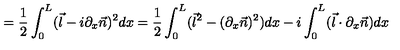
= \frac { 1 } { 2 } \int _ { 0 } ^ { L } ( \vec { l } - i \partial _ { x } \vec { n } ) ^ { 2 } d x = \frac { 1 } { 2 } \int _ { 0 } ^ { L } ( \vec { l } ^ { 2 } - ( \partial _ { x } \vec { n } ) ^ { 2 } ) d x - i \int _ { 0 } ^ { L } ( \vec { l } \cdot \partial _ { x } \vec { n } ) d x